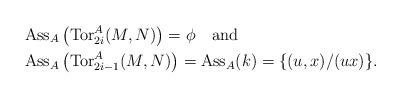
LaTeX: \begin{align*}& \operatorname{Ass}_A\left( \operatorname{Tor}_{2i}^A(M, N) \right) = \phi \quad\mbox{and} \\& \operatorname{Ass}_A\left( \operatorname{Tor}_{2i-1}^A(M, N) \right) = \operatorname{Ass}_A(k) = \{ (u,x)/(ux) \}.\end{align*}